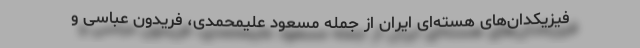
فیزیکدان‌های هسته‌ای ایران از جمله مسعود علیمحمدی، فریدون عباسی و